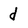
Character: d